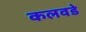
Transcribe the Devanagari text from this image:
कलवडे